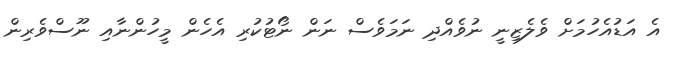
އެ އަޑުއެހުމަށް ވެލެޒިނީ ނުވެއްދި ނަމަވެސް ނަން ނޯޓުކުރި އެހެން މީހުންނާއި ނޫސްވެރިން